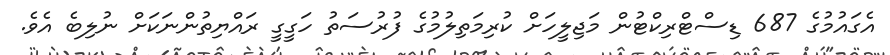
އެގައުމުގެ 687 ޑިސްޓްރިކްޓުން މަޖިލީހަށް ކުރިމަތިލުމުގެ ފުރުސަތު ހަގީގީ ރައްޔިތުންނަކަށް ނުލިބެ އެވެ.